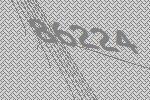
86224